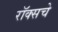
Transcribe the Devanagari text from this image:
रॉक्सचे